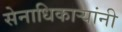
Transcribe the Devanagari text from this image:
सेनाधिकार्‍यांनी